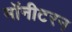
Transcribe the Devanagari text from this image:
मॉनीटरन